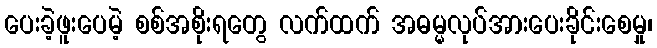
ပေးခဲ့ဖူးပေမဲ့ စစ်အစိုးရတွေ လက်ထက် အဓမ္မလုပ်အားပေးခိုင်းစေမှု၊